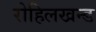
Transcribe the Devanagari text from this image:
रोहिलखन्ड